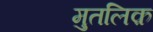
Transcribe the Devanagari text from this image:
मुतलिक़